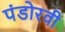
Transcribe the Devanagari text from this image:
पंडोरवी